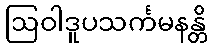
ဩဝါဒူပသင်္ကမနန္တိ